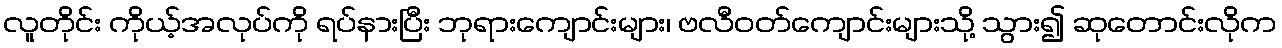
လူတိုင်း ကိုယ့်အလုပ်ကို ရပ်နားပြီး ဘုရားကျောင်းများ၊ ဗလီဝတ်ကျောင်းများသို့ သွား၍ ဆုတောင်းလိုက